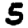
Digit: 5